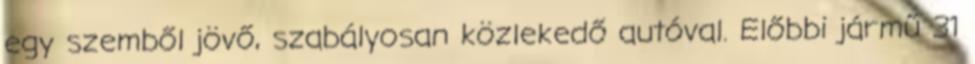
egy szemből jövő, szabályosan közlekedő autóval. Előbbi jármű 31